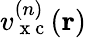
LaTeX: v_{\mathrm{~x~c~}}^{(n)}(\boldsymbol{\textbf{r}})